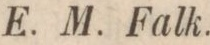
E. M. Falk.